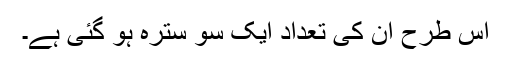
اس طرح ان کی تعداد ایک سو سترہ ہو گئی ہے۔